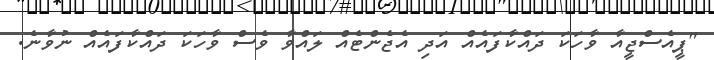
"ޕީއެސްޖީއާ ވާހަކަ ދައްކާފައެއް އަދި އެޖެންޓެއް ލައްވާ ވެސް ވާހަކަ ދައްކާފައެއް ނުވާނެ.